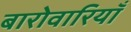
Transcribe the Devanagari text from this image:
बारोवारियाँ